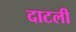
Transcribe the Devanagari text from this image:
दाटली